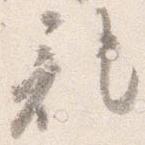
記